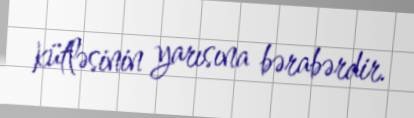
kütləsinin yarısına bərabərdir.